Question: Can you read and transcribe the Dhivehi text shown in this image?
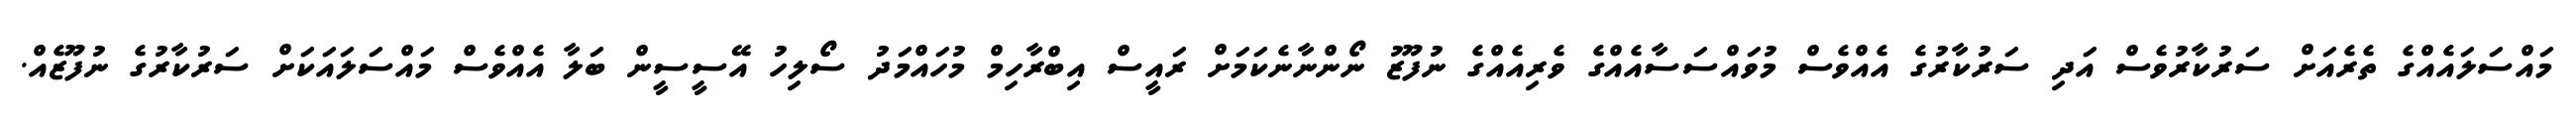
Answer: މައްސަލައެއްގެ ތެރެއަށް ސަރުކާރުވެސް އަދި ސަރުކާރުގެ އެއްވެސް މުވައްސަސާއެއްގެ ވެރިއެއްގެ ނުފޫޒު ނޯންނާނެކަމަށް ރައީސް އިބްރާހިމް މުހައްމަދު ސޯލިހު އޭސީސީން ބަލާ އެއްވެސް މައްސަލައަކަށް ސަރުކާރުގެ ނުފޫޒެއް.